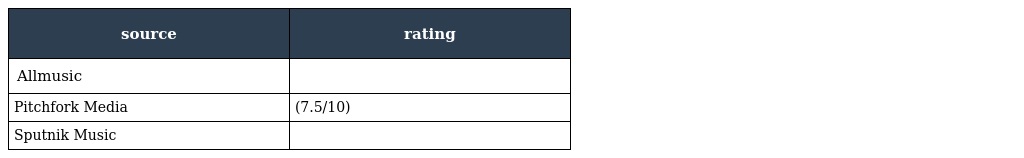
| source | rating |
 | --- | --- |
 | Allmusic |  |
 | Pitchfork Media | (7.5/10) |
 | Sputnik Music |  |